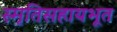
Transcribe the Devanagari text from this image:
स्मृतिसहायभूत